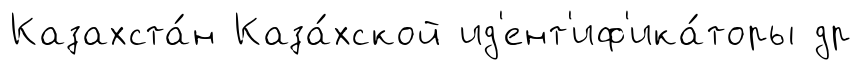
Казахста́н Каза́хской ид'ент'иф'ика́торы др